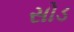
સોડ